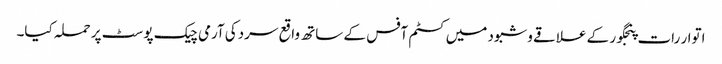
اتوار رات پنجگور کے علاقے وشبود میں کسٹم آفس کے ساتھ واقع سردکی آرمی چیک پوسٹ پر حملہ کیا۔